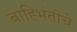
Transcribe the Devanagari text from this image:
बाह्भिंतीचे